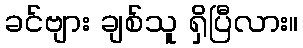
ခင်ဗျား ချစ်သူ ရှိပြီလား။